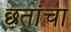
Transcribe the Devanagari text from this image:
छतांचा